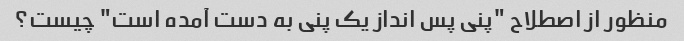
منظور از اصطلاح "پنی پس انداز یک پنی به دست آمده است" چیست؟